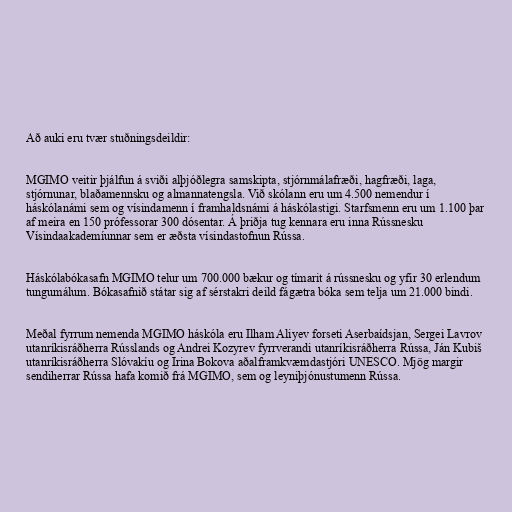
Að auki eru tvær stuðningsdeildir:

MGIMO veitir þjálfun á sviði alþjóðlegra samskipta, stjórnmálafræði, hagfræði, laga,
stjórnunar, blaðamennsku og almannatengsla. Við skólann eru um 4.500 nemendur í
háskólanámi sem og vísindamenn í framhaldsnámi á háskólastigi. Starfsmenn eru um 1.100 þar
af meira en 150 prófessorar 300 dósentar. Á þriðja tug kennara eru inna Rússnesku
Vísindaakademíunnar sem er æðsta vísindastofnun Rússa.

Háskólabókasafn MGIMO telur um 700.000 bækur og tímarit á rússnesku og yfir 30 erlendum
tungumálum. Bókasafnið státar sig af sérstakri deild fágætra bóka sem telja um 21.000 bindi.

Meðal fyrrum nemenda MGIMO háskóla eru Ilham Aliyev forseti Aserbaídsjan, Sergei Lavrov
utanríkisráðherra Rússlands og Andrei Kozyrev fyrrverandi utanríkisráðherra Rússa, Ján Kubiš
utanríkisráðherra Slóvakíu og Irina Bokova aðalframkvæmdastjóri UNESCO. Mjög margir
sendiherrar Rússa hafa komið frá MGIMO, sem og leyniþjónustumenn Rússa.